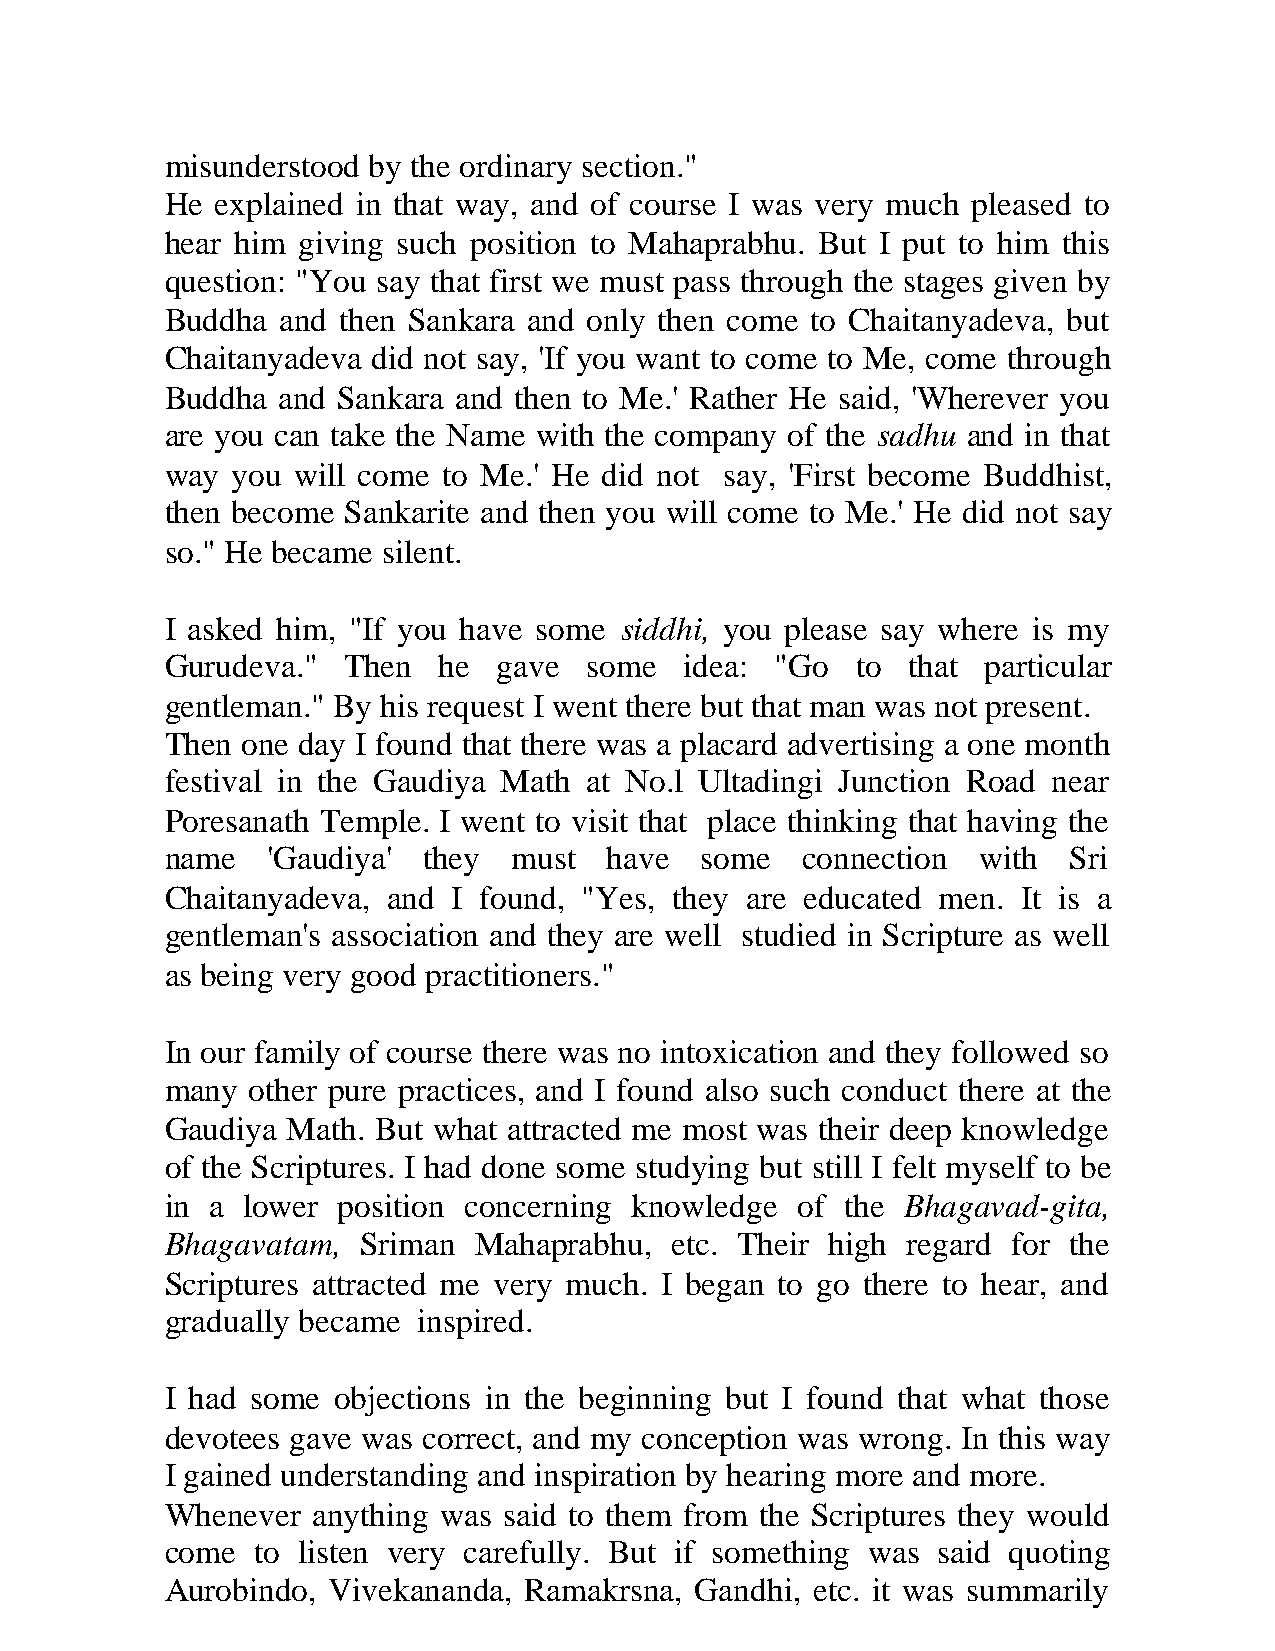
misunderstood by the ordinary section."
 He explained in that way, and of course I was very much pleased to
 hear him giving such position to Mahaprabhu. But I put to him this
 question: "You say that first we must pass through the stages given by
 Buddha  and then Sankara and only then come to Chaitanyadeva, but
 Chaitanyadeva did not say, 'If you want to come to Me, come through
 Buddha and Sankara and then to Me.' Rather He said, 'Wherever you
 are you can take the Name with the company of the sadhu and in that
 way you will come to Me.' He did not say, 'First become Buddhist,
 then become Sankarite and then you will come to Me.' He did not say
 so." He became silent.
 I asked him, "If you have some siddhi, you please say where is my
 Gurudeva."  Then  he  gave  some  idea: "Go   to that particular
 gentleman." By his request I went there but that man was not present.
 Then one day I found that there was a placard advertising a one month
 festival in the Gaudiya Math at No.l Ultadingi Junction Road near
 Poresanath Temple. I went to visit that place thinking that having the
 name   'Gaudiya' they  must  have  some   connection  with  Sri
 Chaitanyadeva, and I found, "Yes, they are educated men. It is a
 gentleman's association and they are well studied in Scripture as well
 as being very good practitioners."
 In our family of course there was no intoxication and they followed so
 many  other pure practices, and I found also such conduct there at the
 Gaudiya Math. But what attracted me most was their deep knowledge
 of the Scriptures. I had done some studying but still I felt myself to be
 in a lower position concerning knowledge  of the Bhagavad-gita,
 Bhagavatam,  Sriman Mahaprabhu,  etc. Their high regard for the
 Scriptures attracted me very much. I began to go there to hear, and
 gradually became inspired.
 I had some objections in the beginning but I found that what those
 devotees gave was correct, and my conception was wrong. In this way
 I gained understanding and inspiration by hearing more and more.
 Whenever  anything was said to them from the Scriptures they would
 come  to listen very carefully. But if something was said quoting
 Aurobindo, Vivekananda, Ramakrsna, Gandhi, etc. it was summarily